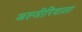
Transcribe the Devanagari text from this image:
अल्जीरियाला